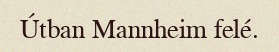
Útban Mannheim felé.